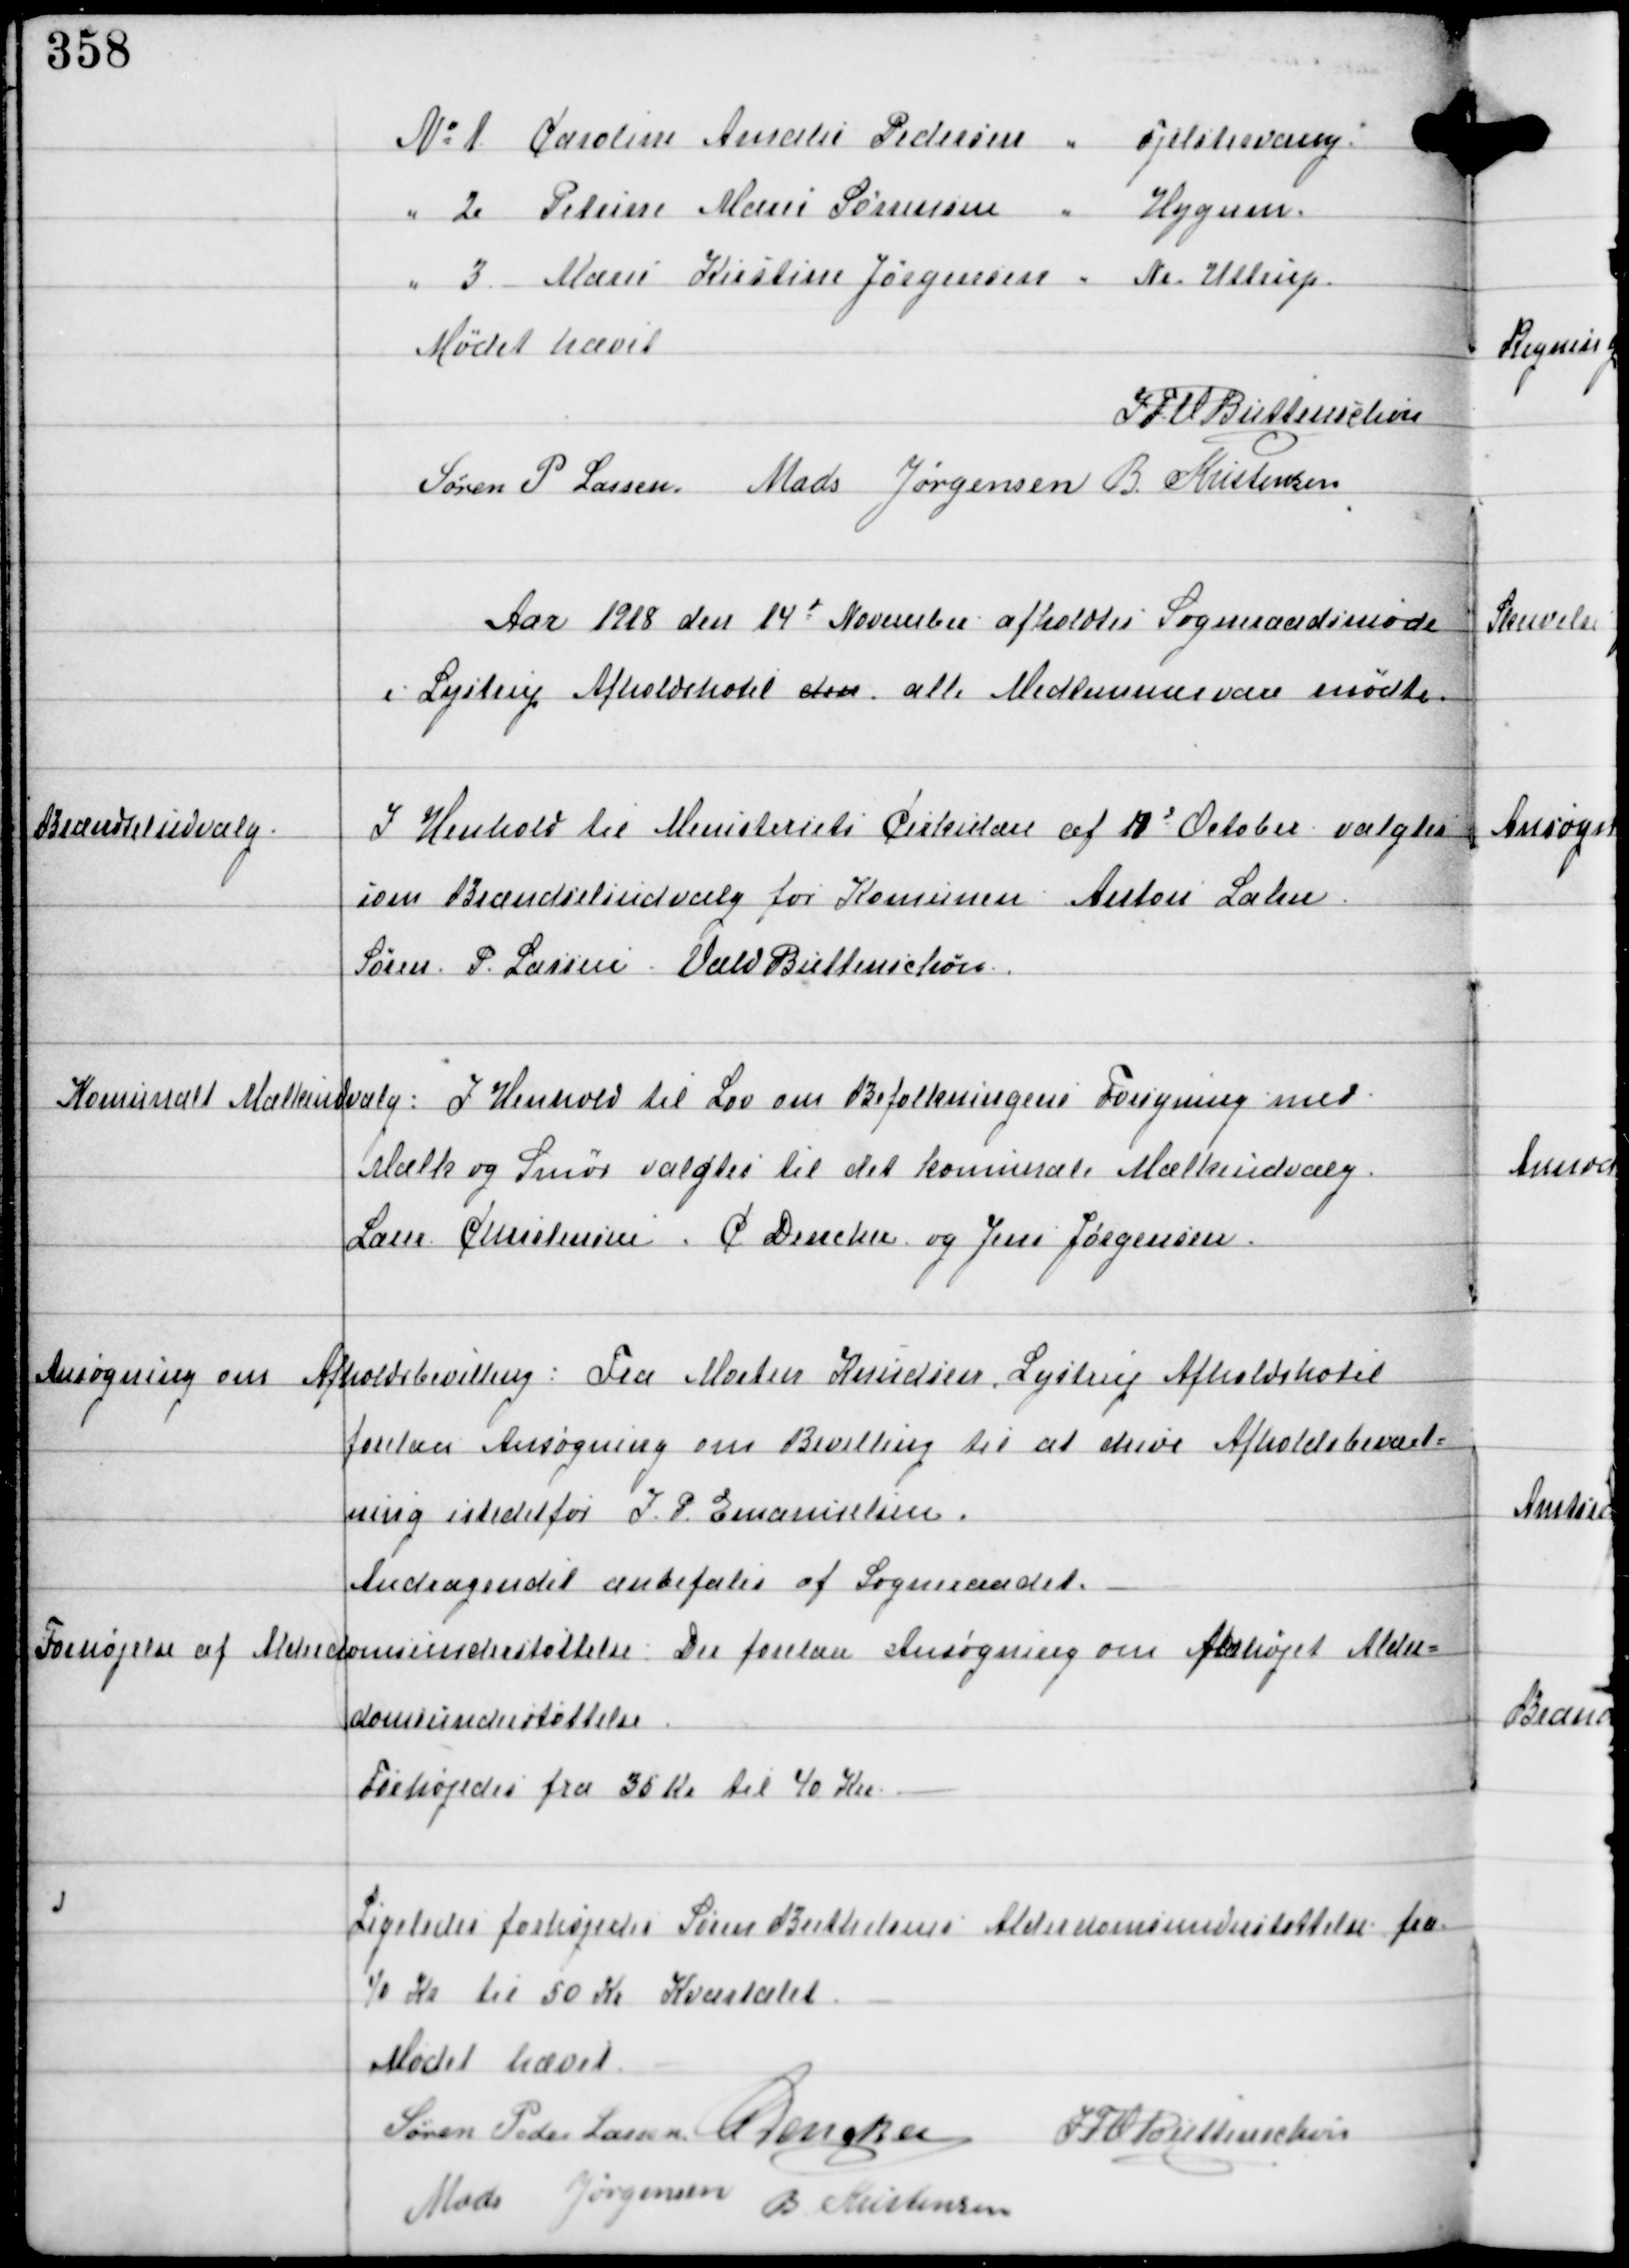
Transskription:
Mødet hævet

IFV Buttenschøn
Søren P. Lassen Mads Jørgensen B Kristensen

Aar 1918 den 14d November afholdtes Sogneraadsmøde
i Lystrup Afholdshotel alen alle Medlemmer vare mødte

Brændselsudvalg.

I Henhold til Ministeriets Cirkulære af 19d October valgtes
som Brændselsudvalg for Komunen Anton Lahn
Søren P. Lassen Vald Buttenschøn

Komunalt Mælkeudvalg: I Henhold til Lov om Befolkningens Forsyning med
Mælk og Smør valgtes til det komunale Mælkeudvalg
Lærer Christensen C Dencker og Jens Jørgensen.

Ansøgning om Afholdsbevilling:  Fra Moten Knudsen Lystrup Afholdshotel
forelaa Ansøgning om Bevilling til at drive Afholdsbevært-
ning istedetfor I.P. Emanuelsen.
Andragendet anbefaledes af Sogneraadet.

Forhøjelse af Alderdomsunderstøttelse.
Der forelaa Ansøgning om forhøjet Alder-
domsunderstøttelse.
Forhøjedes fra 35 Kr til 40 Kr. -

Ligeledes forhøjedes Søren Berthelsens Alderdomsunderstøttelse fra
40 Kr til 50 Kr Kvartalet. -

Mødet hævet
Søren Peder Lassen C Dencker
IFV Buttenschøn
Mads Jørgensen B Kristensen